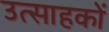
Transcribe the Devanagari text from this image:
उत्साहकों